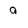
Character: 9